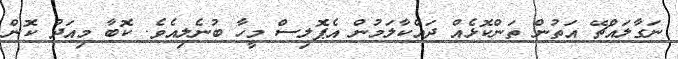
ނަގާލައްޗޭ އަތުން ތަންކޮޅެއް ދައްކާލަމުން އެޕޮލިސް މީހާ ބުނެލިއެވެ. ކޮބާ މިއަދު ކޮން